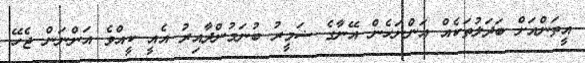
އީތަންއަށް ބަދަލުތަކެއް އަންނަހެން އޭނާގެ ޟަމީރު ބުނަމުންދާއިރު އެއީ ކީއްވެ އަންނަން ޖެހޭ